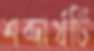
শব্দার্থটি